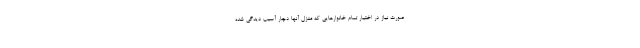
صورت نیاز در اختیار تمام خانوارهایی که منزل آنها دچار آسیب دیدگی شده